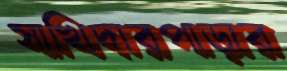
সাখিদারপাড়ার